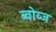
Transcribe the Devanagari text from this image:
ब्वोय्ज